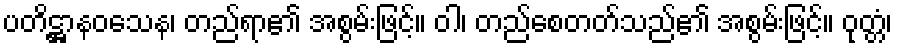
ပတိဋ္ဌာနဝသေန၊ တည်ရာ၏ အစွမ်းဖြင့်။ ဝါ၊ တည်စေတတ်သည်၏ အစွမ်းဖြင့်။ ဝုတ္တံ၊